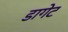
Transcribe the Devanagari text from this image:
डागेट